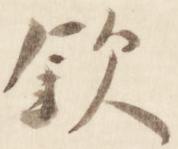
欽